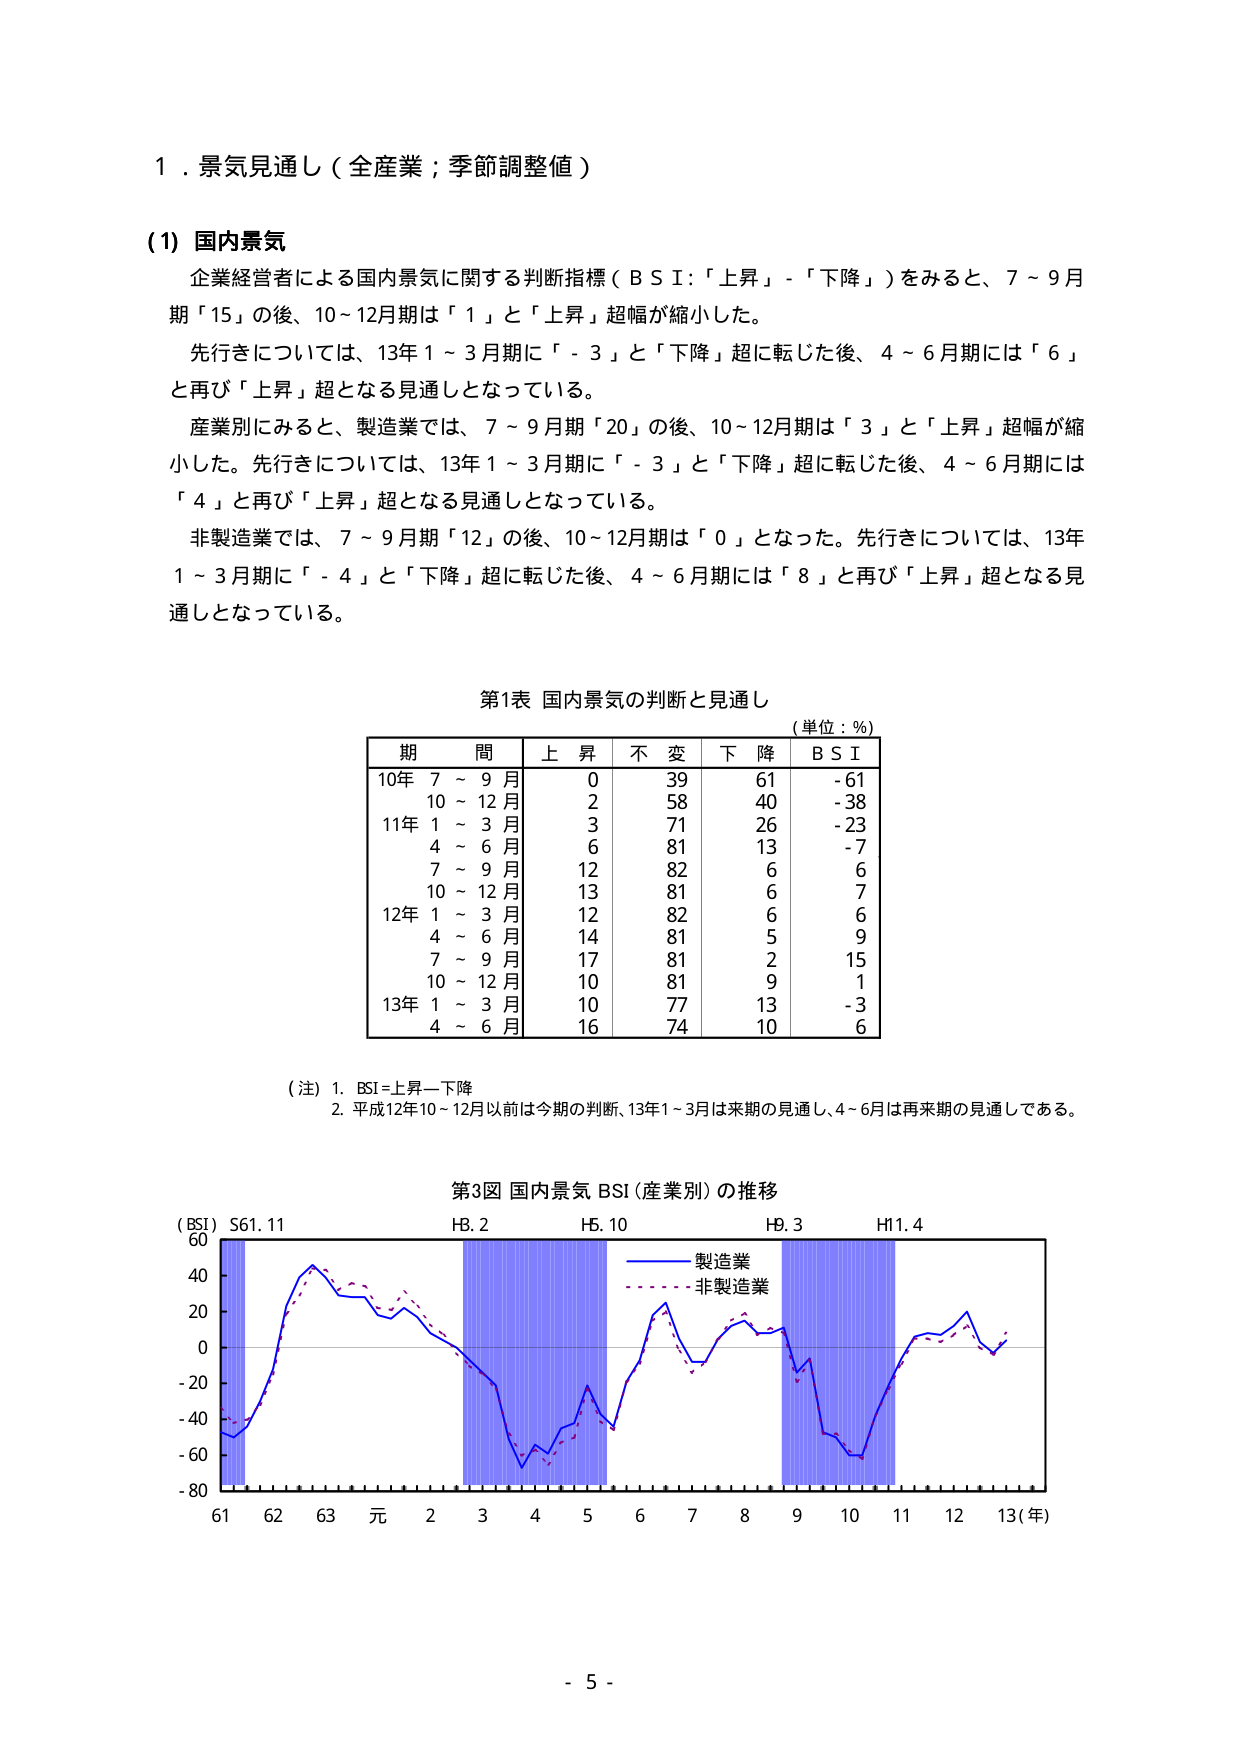
１．景気見通し（全産業；季節調整値）

(1) 国内景気
企業経営者による国内景気に関する判断指標（ＢＳＩ：「上昇」－「下降」）をみると、７～９月期「15」の後、10～12月期は「１」と「上昇」超幅が縮小した。
先行きについては、13年１～３月期に「－３」と「下降」超に転じた後、４～６月期には「６」と再び「上昇」超となる見通しとなっている。
産業別にみると、製造業では、７～９月期「20」の後、10～12月期は「３」と「上昇」超幅が縮小した。先行きについては、13年１～３月期に「－３」と「下降」超に転じた後、４～６月期には「４」と再び「上昇」超となる見通しとなっている。
非製造業では、７～９月期「12」の後、10～12月期は「０」となった。先行きについては、13年１～３月期に「－４」と「下降」超に転じた後、４～６月期には「８」と再び「上昇」超となる見通しとなっている。

第1表 国内景気の判断と見通し
（単位：％）
期 間 上 昇 不 変 下 降 ＢＳＩ
10年 ７～９月 ０ 39 61 -61
　　 10～12月 2 58 40 -38
11年 １～３月 3 71 26 -23
　　 ４～６月 6 81 13 -7
　　 ７～９月 12 82 6 6
　　 10～12月 13 81 6 7
12年 １～３月 12 82 6 6
　　 ４～６月 14 81 5 9
　　 ７～９月 17 81 2 15
　　 10～12月 10 81 9 1
13年 １～３月 10 77 13 -3
　　 ４～６月 16 74 10 6

（注）1. BSI＝上昇－下降
　　 2. 平成12年10～12月以前は今期の判断、13年1～3月は来期の見通し、4～6月は再来期の見通しである。

第3図 国内景気 BSI（産業別）の推移
（BSI）S61.11　　　　　　H8.2　　　　　　H5.10　　　　　　H9.3　　　　　　H11.4
　　　60